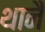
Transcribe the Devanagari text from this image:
थानै